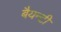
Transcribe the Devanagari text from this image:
बैयन्टी